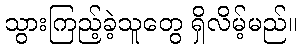
သွားကြည့်ခဲ့သူတွေ ရှိလိမ့်မည်။